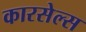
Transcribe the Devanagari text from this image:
कारसेल्स